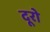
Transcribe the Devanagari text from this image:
दूरो